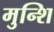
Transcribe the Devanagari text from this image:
मुन्शि